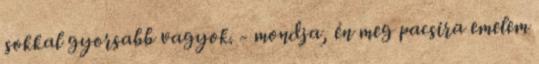
sokkal gyorsabb vagyok. - mondja, én meg pacsira emelem